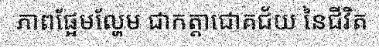
ភាពផ្អែមល្ហែម ជាកត្តាជោគជ័យ នៃជីវិត